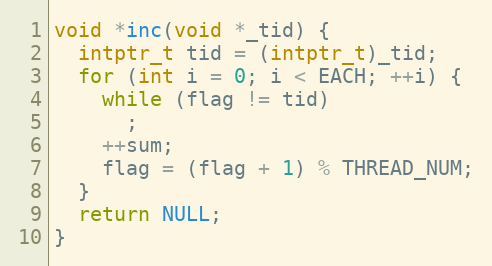
Language: C
void *inc(void *_tid) {
  intptr_t tid = (intptr_t)_tid;
  for (int i = 0; i < EACH; ++i) {
    while (flag != tid)
      ;
    ++sum;
    flag = (flag + 1) % THREAD_NUM;
  }
  return NULL;
}